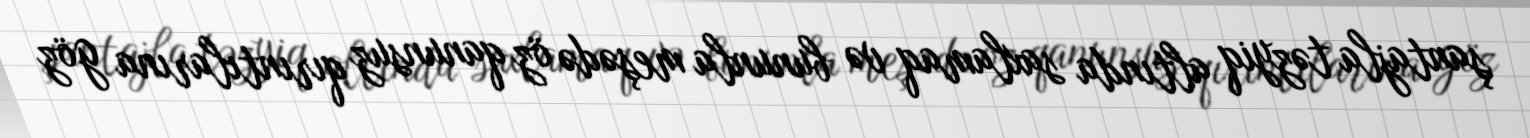
şantajla təzyiq altında saxlamaq və bununla meşədə öz qanunsuz qırıntılarına göz